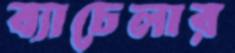
ব্যাচেলার